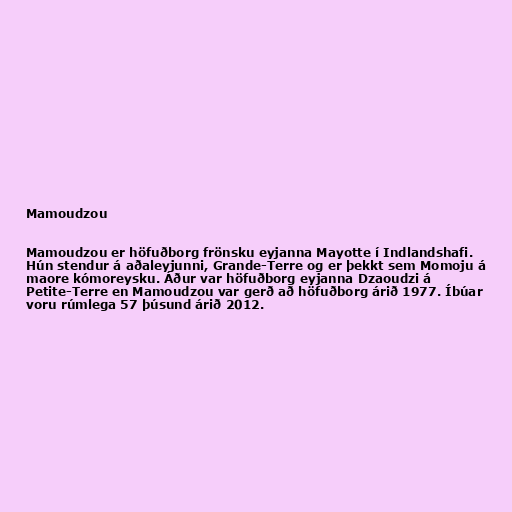
Mamoudzou

Mamoudzou er höfuðborg frönsku eyjanna Mayotte í Indlandshafi.
Hún stendur á aðaleyjunni, Grande-Terre og er þekkt sem Momoju á
maore kómoreysku. Áður var höfuðborg eyjanna Dzaoudzi á
Petite-Terre en Mamoudzou var gerð að höfuðborg árið 1977. Íbúar
voru rúmlega 57 þúsund árið 2012.